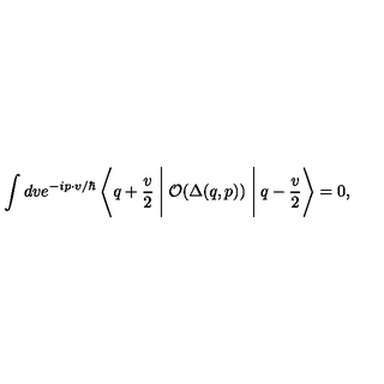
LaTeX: \int d v e ^ { - i p \cdot v / \hbar } \left< q + \frac { v } { 2 } \Biggm | { \cal O } ( \Delta ( q , p ) ) \Biggm | q - \frac { v } { 2 } \right> = 0 ,